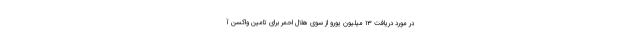
در مورد دریافت ۱۳ میلیون یورو از سوی هلال احمر برای تامین واکسن آ